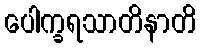
ပေါက္ခရသာတိနာတိ